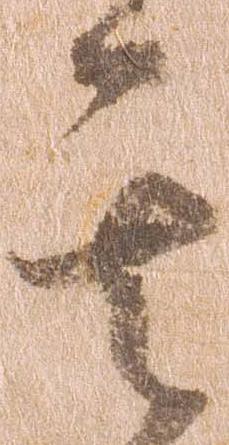
其